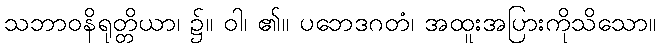
သဘာဝနိရုတ္တိယာ၊ ၌။ ဝါ၊ ၏။ ပဘေဒဂတံ၊ အထူးအပြားကိုသိသော။